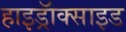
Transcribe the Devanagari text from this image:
हाइड्रॅाक्साइड